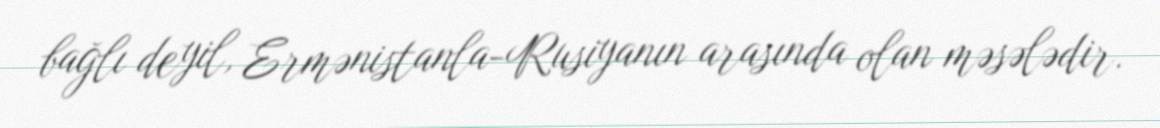
bağlı deyil, Ermənistanla-Rusiyanın arasında olan məsələdir.